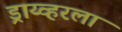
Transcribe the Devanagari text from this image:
ड्राय्व्हरला